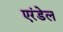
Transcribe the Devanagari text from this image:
एरंडेल